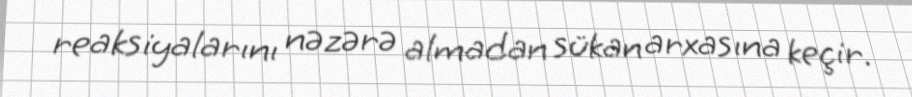
reaksiyalarını nəzərə almadan sükan arxasına keçir.